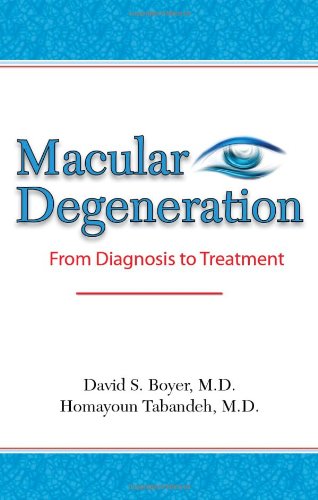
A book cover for Macular Degeneration: From Diagnosis to Treatment; David S. Boyer MD; Health, Fitness & Dieting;